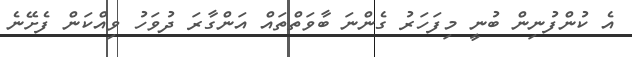
އެ ކުންފުނިން ބުނީ މިފަހަރު ގެންނަ ބާވަތްތައް އަންގާރަ ދުވަހު ވިއްކަން ފެށޭނެ